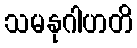
သမနုဂါဟတိ